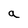
Character: a